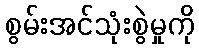
စွမ်းအင်သုံးစွဲမှုကို